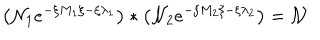
LaTeX: \left( \mathcal { N } _ { 1 } e ^ { - \xi M _ { 1 } \xi - \xi \lambda _ { 1 } } \right) * \left( \mathcal { N } _ { 2 } e ^ { - \xi M _ { 2 } \xi - \xi \lambda _ { 2 } } \right) = \mathcal { N }